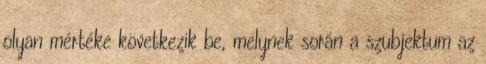
olyan mértéke következik be, melynek során a szubjektum az